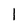
Character: 1